system: You are a helpful assistant.
user:
Analyze the provided spectrum to determine if it is a **Carbon Star (C-type)**.

- **Key Visual Indicators of Carbon Star:**
    - **(Primary):** Strong molecular absorption from **C₂ (diatomic carbon) "Swan Bands."** This is the **defining feature** of a carbon star.
        - **(Key Bandheads):** Sharp absorption edges are visible at approximately $5635$ Å, $5165$ Å (the strongest band), and $4737$ Å.
        - **(Line Profile):** Creates a distinct **"saw-tooth"** pattern. The key morphology is a sharp, steep bandhead on the **red (long-wavelength) side**, which then gradually tapers off (i.e., flux recovers) towards the **blue (short-wavelength) side**. *(This is the direct opposite of the TiO bands seen in M-type stars)*.

    - **(Secondary):** Intense **CN (cyanogen)** molecular absorption bands.
        - **(Key Bandheads):** Located in the blue and violet regions of the spectrum (e.g., near $4215$ Å and $3883$ Å).
        - **(Morphology):** These bands are extremely broad and act as a "blanket," absorbing the vast majority of blue and violet light. This creates a characteristic **"cliff"** or **"steep drop-off"** in the spectrum's flux at short wavelengths.

    - **(Key Confirmation):** Strong **CH absorption band (G-band)**.
        - **(Key Bandhead):** Located around $4300$ Å. The contribution from CH molecules to this band is exceptionally strong.

    - **(Overall Spectrum):**
        - The continuum is severely "chopped up" by these deep molecular bands, especially C₂, rather than appearing as a smooth curve.
        - Due to the heavy CN and C₂ absorption in the blue-green, the vast majority of the star's flux is concentrated in the red part of the spectrum, giving the star its characteristic deep red color.

Think first, call **spectral_visualization_tool** if needed to examine features in detail, then provide your final answer. Your response must adhere to the following strict rules:
1.  **Overall Structure:** Your response must follow the format `<think>...</think> <tool_call>...</tool_call> (if a tool is used) <answer>...</answer>`.
2.  **Tool Usage Constraint:** You may only make **one** tool call per turn.
3.  **Final Answer Format:** In the `<answer>` tag, your conclusion must be inside a `\boxed{}` command (e.g., `\boxed{YES}`), followed by your justification.

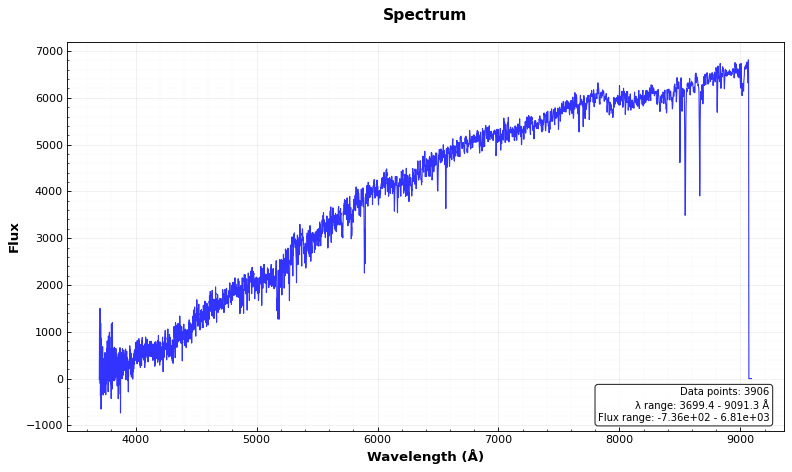
Answer: NO